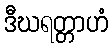
ဒီဃရတ္တာဟံ